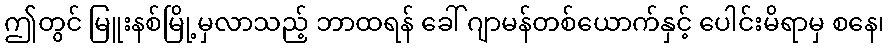
ဤတွင် မြူးနစ်မြို့မှလာသည့် ဘာထရန် ခေါ် ဂျာမန်တစ်ယောက်နှင့် ပေါင်းမိရာမှ စနေ၊